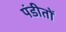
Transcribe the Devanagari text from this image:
पंडीतों